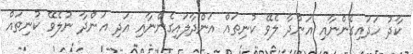
ކާދު ހަދައިގެންނާއި އަންދާ ލެވޭ ކުނިތައް އަންދާލައިގެންނާއި އަދި އަންދާ ނުލެވޭ ކުނިތައް